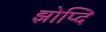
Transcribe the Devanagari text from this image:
झोप्दि